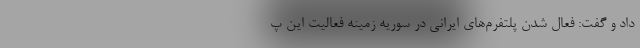
داد و گفت: فعال شدن پلتفرم‌های ایرانی در سوریه زمینه فعالیت این پ